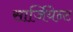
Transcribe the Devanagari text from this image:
सार्जियेन्ट